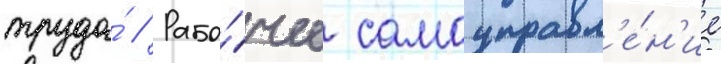
труда́ // Рабо́чее самоуправл'е́н'ие